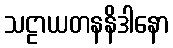
သဠာယတနနိဒါနော